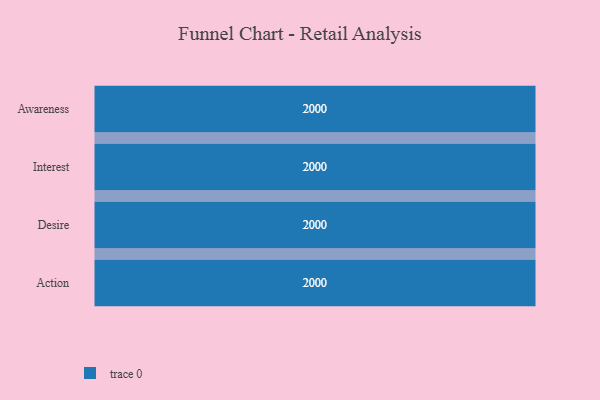
{"axis": {"x": "Stage", "y": "Value"}, "legend": [""], "data": [{"x": "Awareness", "y": 2000, "type": ""}, {"x": "Interest", "y": 2000, "type": ""}, {"x": "Desire", "y": 2000, "type": ""}, {"x": "Action", "y": 2000, "type": ""}]}